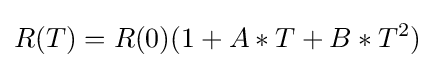
R(T)=R(0)(1+A*T+B*T^{2})